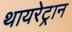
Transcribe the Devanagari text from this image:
थायरेट्रान